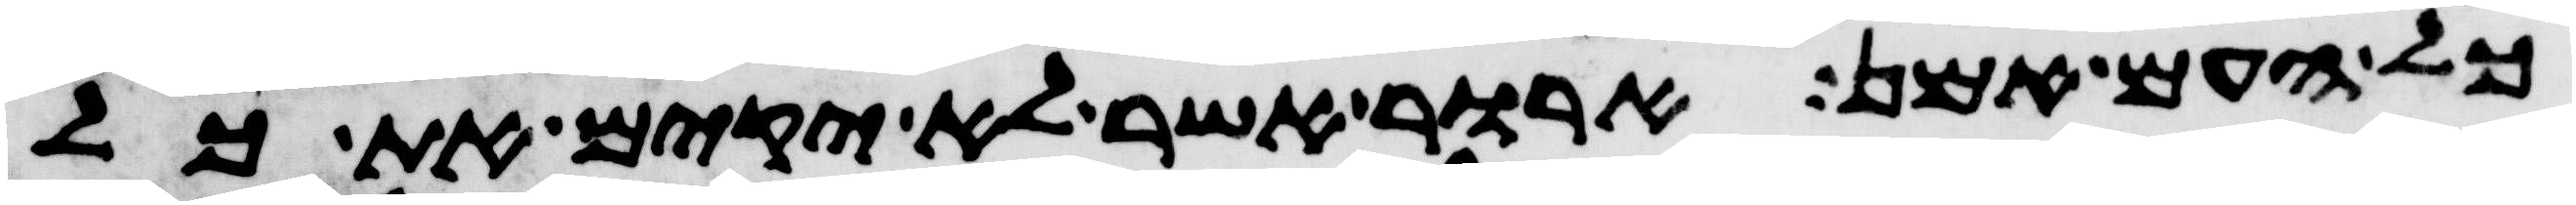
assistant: כל העם אמן ארור אשר לא יקים את כל